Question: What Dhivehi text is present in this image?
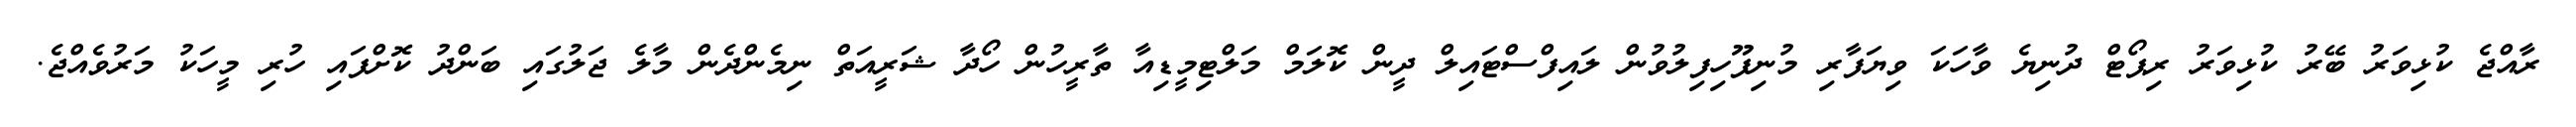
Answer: ރާއްޖެ ކުޅިވަރު ބޭރު ކުޅިވަރު ރިޕޯޓް ދުނިޔެ ވާހަކަ ވިޔަފާރި މުނިފޫހިފިލުވުން ލައިފްސްޓައިލް ދީން ކޮލަމް މަލްޓިމީޑިއާ ތާރީހުން ހޯދާ ޝަރީއަތް ނިމެންދެން މާލެ ޖަލުގައި ބަންދު ކޮށްފައި ހުރި މީހަކު މަރުވެއްޖެ.